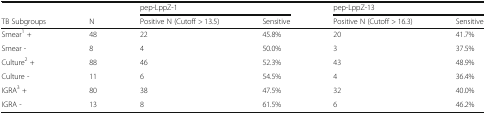
|  |  | <COLSPAN=2> pep-LppZ-1 | <COLSPAN=2> pep-LppZ-13 |
 | TB Subgroups | N | Positive N (Cutoff > 13.5) | Sensitive | Positive N (Cutoff > 16.3) | Sensitive |
 | --- | --- | --- | --- | --- | --- |
 | Smear1 + | 48 | 22 | 45.8% | 20 | 41.7% |
 | Smear - | 8 | 4 | 50.0% | 3 | 37.5% |
 | Culture2 + | 88 | 46 | 52.3% | 43 | 48.9% |
 | Culture - | 11 | 6 | 54.5% | 4 | 36.4% |
 | IGRA3 + | 80 | 38 | 47.5% | 32 | 40.0% |
 | IGRA - | 13 | 8 | 61.5% | 6 | 46.2% |